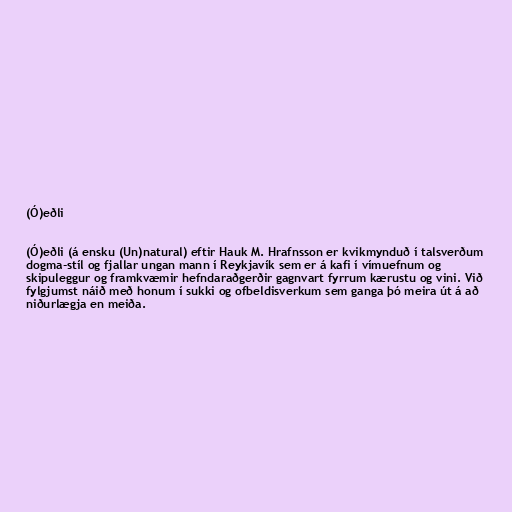
(Ó)eðli

(Ó)eðli (á ensku (Un)natural) eftir Hauk M. Hrafnsson er kvikmynduð í talsverðum
dogma-stíl og fjallar ungan mann í Reykjavík sem er á kafi í vímuefnum og
skipuleggur og framkvæmir hefndaraðgerðir gagnvart fyrrum kærustu og vini. Við
fylgjumst náið með honum í sukki og ofbeldisverkum sem ganga þó meira út á að
niðurlægja en meiða.